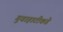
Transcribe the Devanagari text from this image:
गुवाहाटीकडे